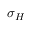
\sigma _ { H }